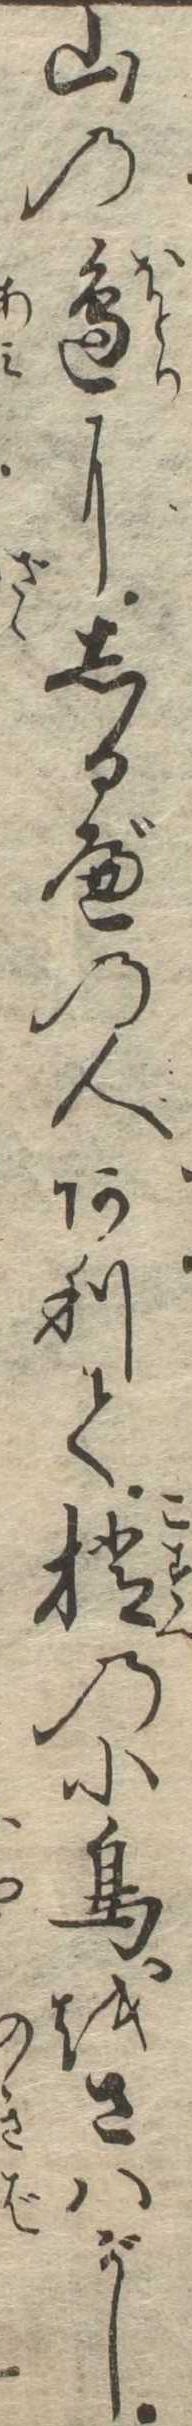
山の辺にしるべの人ありて梢の小鳥をさはがし